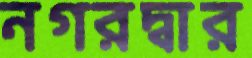
নগরদ্বার